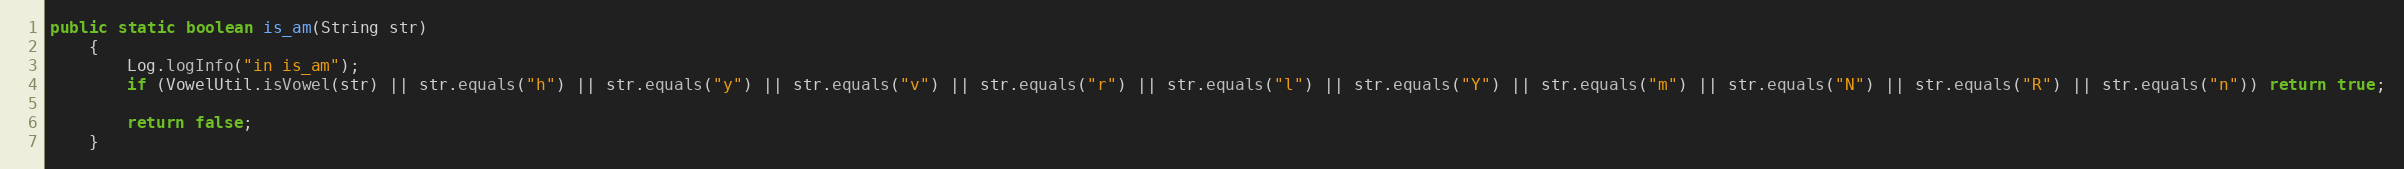
Language: Java
public static boolean is_am(String str)
    {
        Log.logInfo("in is_am");
        if (VowelUtil.isVowel(str) || str.equals("h") || str.equals("y") || str.equals("v") || str.equals("r") || str.equals("l") || str.equals("Y") || str.equals("m") || str.equals("N") || str.equals("R") || str.equals("n")) return true;

        return false;
    }